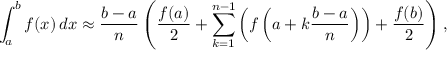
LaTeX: \int _ { a } ^ { b } f ( x ) \, d x \approx { \frac { b - a } { n } } \left( { \frac { f ( a ) } { 2 } } + \sum _ { k = 1 } ^ { n - 1 } \left( f \left( a + k { \frac { b - a } { n } } \right) \right) + { \frac { f ( b ) } { 2 } } \right) ,